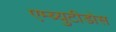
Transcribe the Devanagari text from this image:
एम्ब्युटीडोस